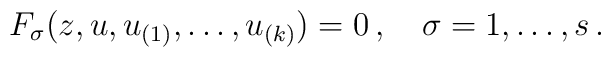
F_{\sigma}(z,u,u_{(1)},\ldots ,u_{(k)})=0\,,\quad \sigma=1,\ldots{},s\,.